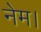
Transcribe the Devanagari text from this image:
नेम।